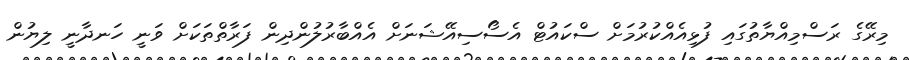
މިރޭގެ ރަސްމިއްޔާތުގައި ފުޅިއެއްކުރުމަށް ސްކައުޓް އެސޯސިއޭޝަނަށް އެއްބާރުލުންދިން ފަރާތްތަކަށް ވަނީ ހަނދާނީ ލިޔުން